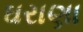
ઘરાણા